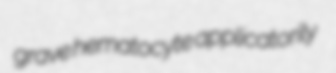
grave hematocyte applicatorily